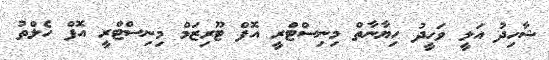
ޝާހިދު އަލީ ވަހީދު ހިޔާނާތް މިނިސްޓްރީ އޮފް ޓޫރިޒަމް މިނިސްޓްރީ އޮފް ހެލްތު